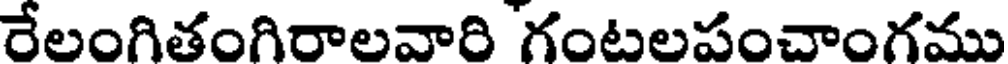
రేలంగితంగిరాలవాది గంటలపంచాంగము